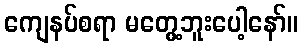
ကျေနပ်စရာ မတွေ့ဘူးပေါ့နော်။